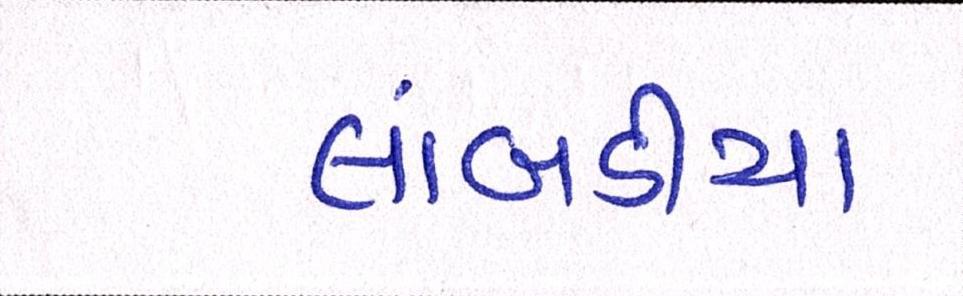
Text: લાંબડીયા